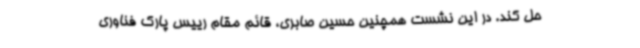
حل کند. در این نشست همچنین حسین صابری، قائم مقام رییس پارک فناوری